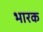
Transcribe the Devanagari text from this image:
भारक